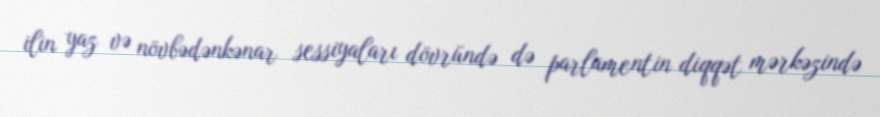
ilin yaz və növbədənkənar sessiyaları dövründə də parlamentin diqqət mərkəzində